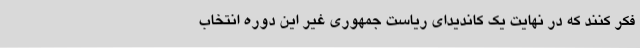
فکر کنند که در نهایت یک کاندیدای ریاست جمهوری غیر این دوره انتخاب